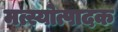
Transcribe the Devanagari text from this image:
मत्स्योत्पादक